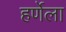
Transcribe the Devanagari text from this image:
हर्णेला